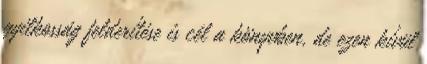
gyilkosság felderítése is cél a könyvben, de ezen kívül